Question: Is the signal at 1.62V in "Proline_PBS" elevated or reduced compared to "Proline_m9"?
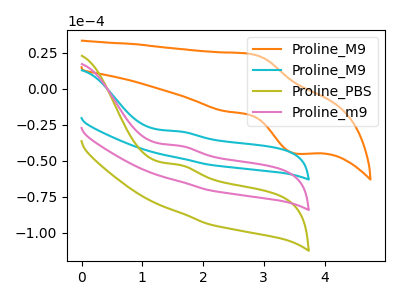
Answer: <think>The orange curve "Proline_M9" has an anodic peak at (2.75V, 24.45uA) and a cathodic peak at (3.55V, -45.10uA). The cyan curve "Proline_M9" has an anodic peak at: (1.60V, -29.60uA). The olive curve "Proline_PBS" has an anodic peak at: (1.60V, -79.15uA). The pink curve "Proline_m9" has an anodic peak at: (1.60V, -39.60uA).</think>
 <answer>The peak at 1.62V is lower in "Proline_PBS" than in "Proline_m9".</answer>
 <eval>lower</eval>